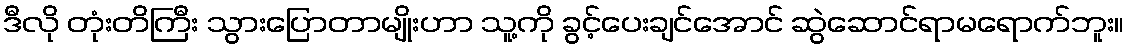
ဒီလို တုံးတိကြီး သွားပြောတာမျိုးဟာ သူ့ကို ခွင့်ပေးချင်အောင် ဆွဲဆောင်ရာမရောက်ဘူး။